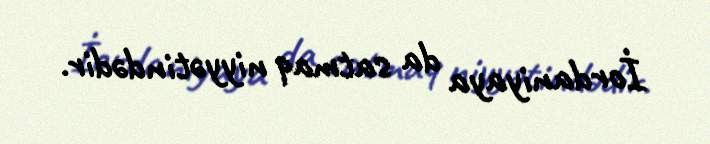
İordaniyaya da satmaq niyyətindədir.